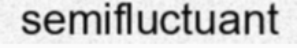
semifluctuant